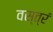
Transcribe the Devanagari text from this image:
वस्त्रं